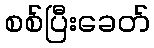
စစ်ပြီးခေတ်